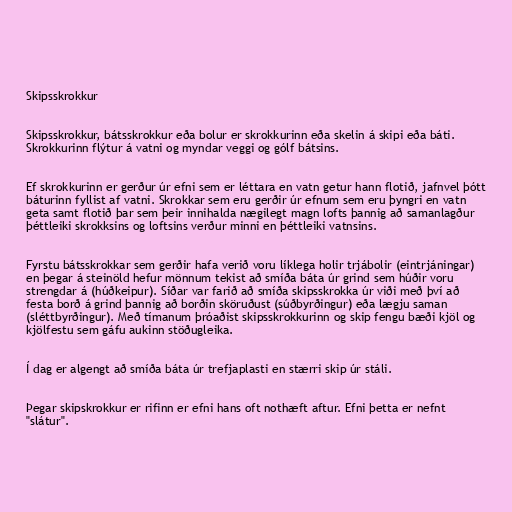
Skipsskrokkur

Skipsskrokkur, bátsskrokkur eða bolur er skrokkurinn eða skelin á skipi eða báti.
Skrokkurinn flýtur á vatni og myndar veggi og gólf bátsins.

Ef skrokkurinn er gerður úr efni sem er léttara en vatn getur hann flotið, jafnvel þótt
báturinn fyllist af vatni. Skrokkar sem eru gerðir úr efnum sem eru þyngri en vatn
geta samt flotið þar sem þeir innihalda nægilegt magn lofts þannig að samanlagður
þéttleiki skrokksins og loftsins verður minni en þéttleiki vatnsins.

Fyrstu bátsskrokkar sem gerðir hafa verið voru líklega holir trjábolir (eintrjáningar)
en þegar á steinöld hefur mönnum tekist að smíða báta úr grind sem húðir voru
strengdar á (húðkeipur). Síðar var farið að smíða skipsskrokka úr viði með því að
festa borð á grind þannig að borðin sköruðust (súðbyrðingur) eða lægju saman
(sléttbyrðingur). Með tímanum þróaðist skipsskrokkurinn og skip fengu bæði kjöl og
kjölfestu sem gáfu aukinn stöðugleika.

Í dag er algengt að smíða báta úr trefjaplasti en stærri skip úr stáli.

Þegar skipskrokkur er rifinn er efni hans oft nothæft aftur. Efni þetta er nefnt
"slátur".